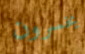
يخسرون